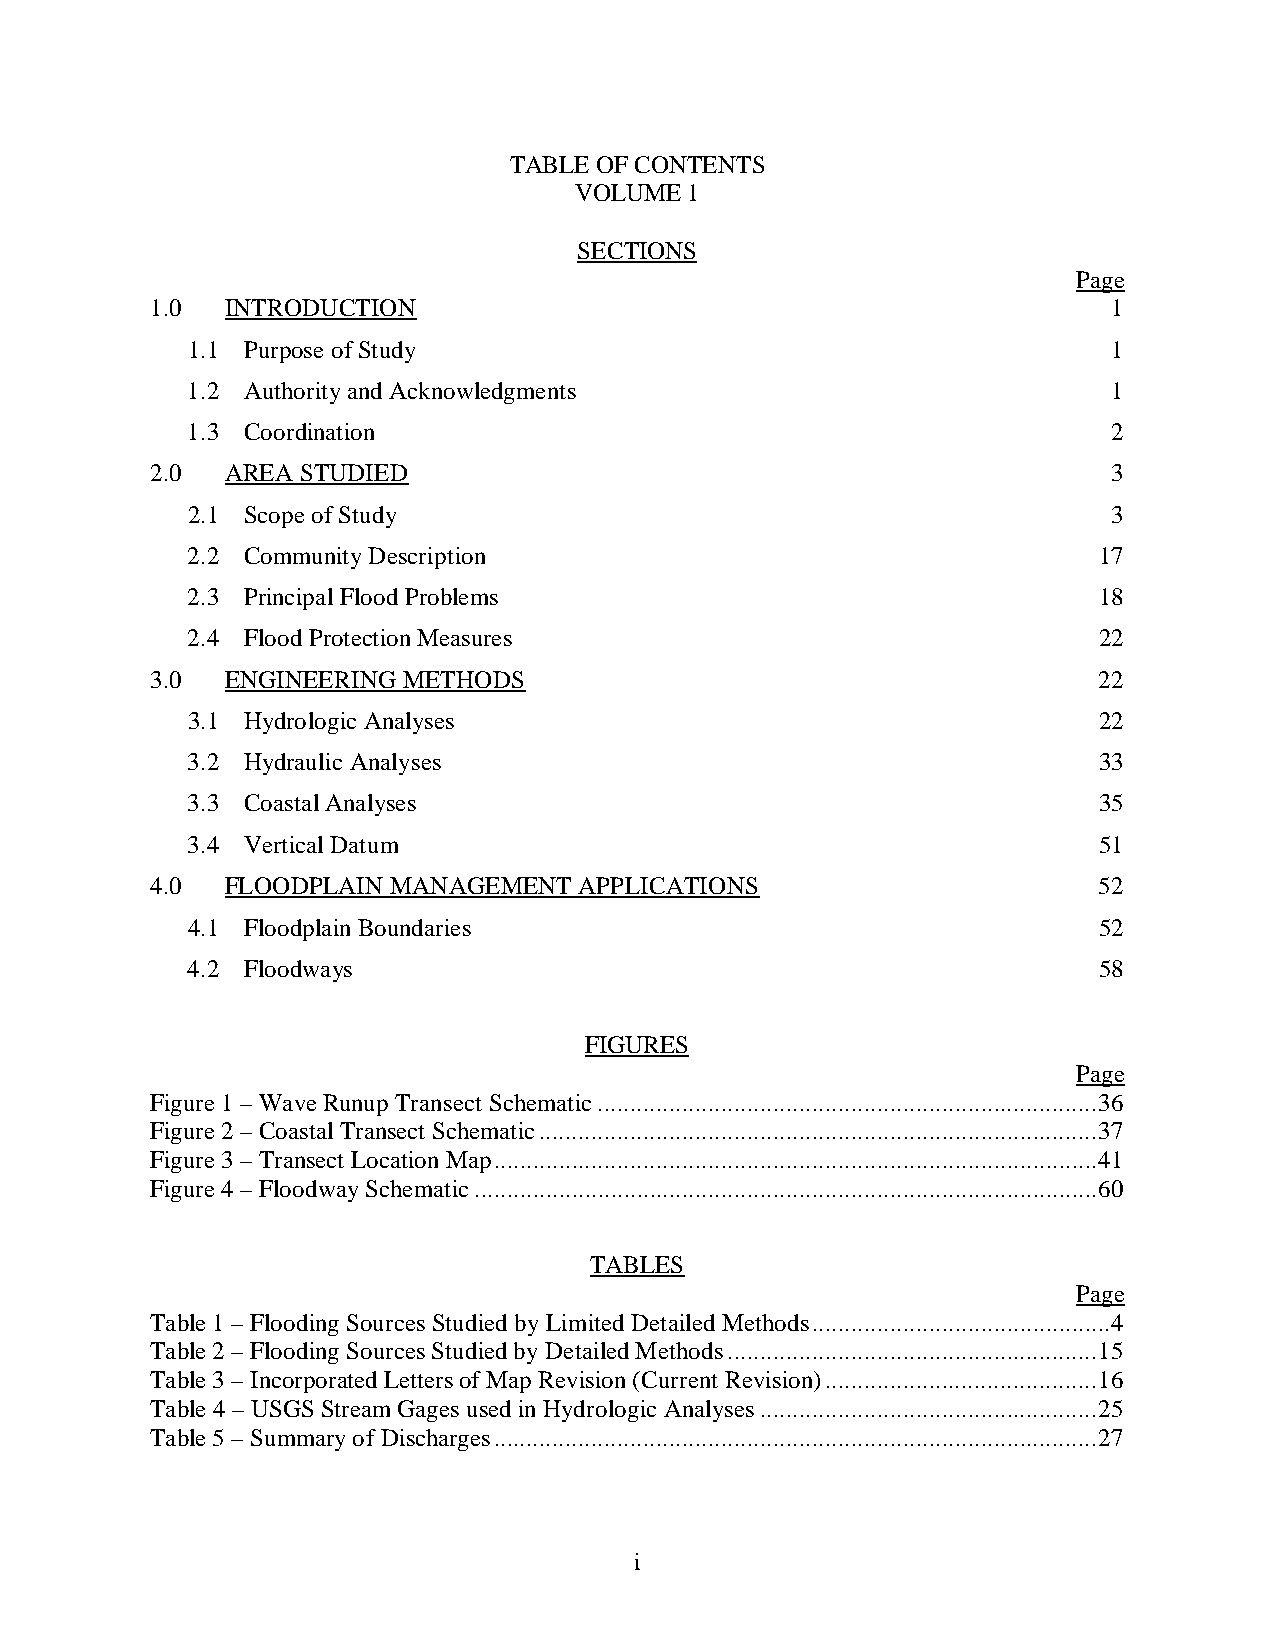
TABLE OF CONTENTS
 VOLUME  1
 SECTIONS
 Page
 1.0  INTRODUCTION                                               1
 1.1 Purpose of Study                                          1
 1.2 Authority and Acknowledgments                             1
 1.3 Coordination                                              2
 2.0  AREA STUDIED                                               3
 2.1 Scope of Study                                            3
 2.2 Community Description                                    17
 2.3 Principal Flood Problems                                 18
 2.4 Flood Protection Measures                                22
 3.0  ENGINEERING METHODS                                       22
 3.1 Hydrologic Analyses                                      22
 3.2 Hydraulic Analyses                                       33
 3.3 Coastal Analyses                                         35
 3.4 Vertical Datum                                           51
 4.0  FLOODPLAIN MANAGEMENT  APPLICATIONS                       52
 4.1 Floodplain Boundaries                                    52
 4.2 Floodways                                                58
 FIGURES
 Page
 Figure 1 – Wave Runup Transect Schematic ............................................................................. 36
 Figure 2 – Coastal Transect Schematic ...................................................................................... 37
 Figure 3 – Transect Location Map ............................................................................................. 41
 Figure 4 – Floodway Schematic ................................................................................................ 60
 TABLES
 Page
 Table 1 – Flooding Sources Studied by Limited Detailed Methods ..............................................4
 Table 2 – Flooding Sources Studied by Detailed Methods ......................................................... 15
 Table 3 – Incorporated Letters of Map Revision (Current Revision) .......................................... 16
 Table 4 – USGS Stream Gages used in Hydrologic Analyses .................................................... 25
 Table 5 – Summary of Discharges ............................................................................................. 27
 i